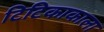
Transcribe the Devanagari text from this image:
टिटिकाकाला